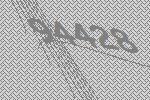
94428